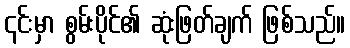
၎င်းမှာ စွမ်းပိုင်၏ ဆုံးဖြတ်ချက် ဖြစ်သည်။